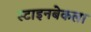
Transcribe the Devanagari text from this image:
स्टाइनबेकला